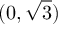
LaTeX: ( 0 , { \sqrt { 3 } } )